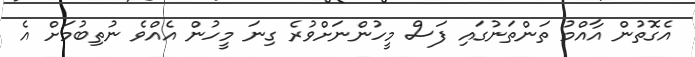
އެގޮތުން އާއްމު ތަންތަނުގައި ފަސް މީހުންނަށްވުރެ ގިނަ މީހުން އެއްވެ ނުތިބުމަށް އެ